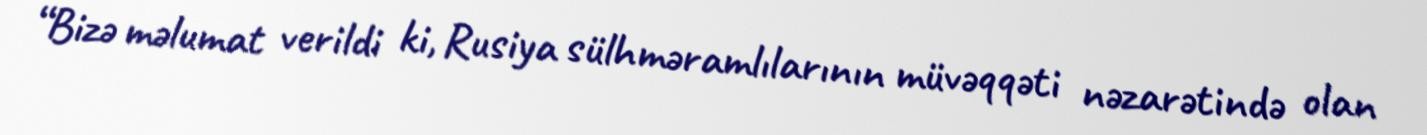
“Bizə məlumat verildi ki, Rusiya sülhməramlılarının müvəqqəti nəzarətində olan